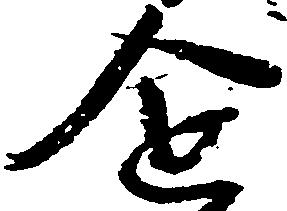
企